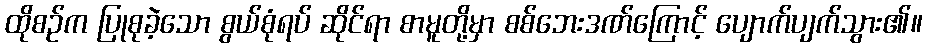
ထိုစဉ်က ပြုစုခဲ့သော စွယ်စုံရပ် ဆိုင်ရာ စာမူတို့မှာ စစ်ဘေးဒဏ်ကြောင့် ပျောက်ပျက်သွား၏။